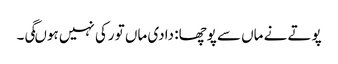
پوتے نے ماں سے پوچھا: دادی ماں تو رکی نہیں ہوںگی۔